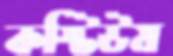
কস্টিউম